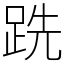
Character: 跣